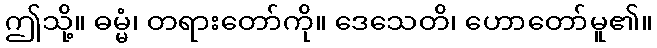
ဤသို့။ ဓမ္မံ၊ တရားတော်ကို။ ဒေသေတိ၊ ဟောတော်မူ၏။